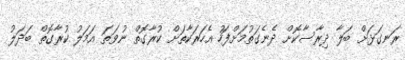
ރަނގަޅަށް ބަލާ ދިރާސާކޮށް ދެނެގަތުމަށްފަހު އެހަރަކާތަށް ކުރާގޮތް ނުވަތަ އަމަލު ކުރާގޮތް ބަދަލު